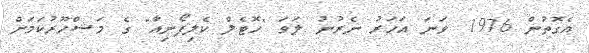
އެގޮތުން 1976 ވަނަ އަހަރު ނެރުނު ލަވަ "ހޮޓެލް ކެލިފޯނިއާ" ގެ މަޝްހޫރުކަމަށް